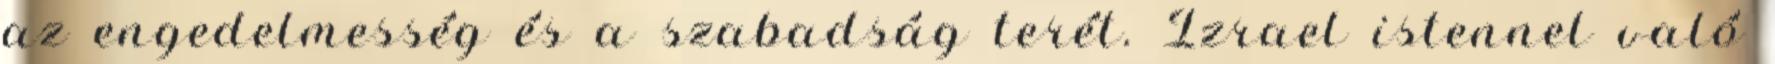
az engedelmesség és a szabadság terét. Izrael istennel való